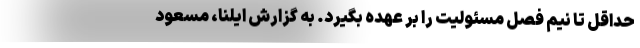
حداقل تا نیم فصل مسئولیت را بر عهده بگیرد. به گزارش ایلنا، مسعود